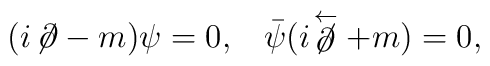
(i\!\not\!\partial-m)\psi=0, \;\;\; \bar{\psi}(i\!\not\stackrel{\leftarrow}{\partial}+m)=0,